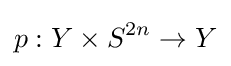
p:Y\times S^{2n}\to Y